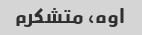
اوه، متشکرم